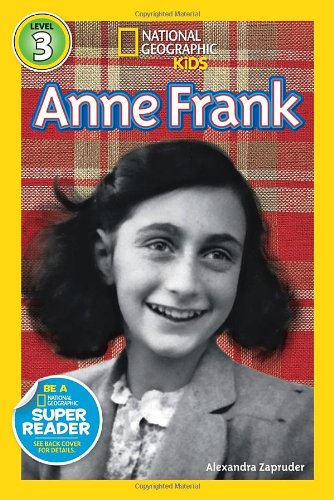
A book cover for National Geographic Readers: Anne Frank (Readers Bios); Alexandra Zapruder; Children's Books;